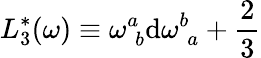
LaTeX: L_{3}^{*}(\omega)\equiv\omega_{\; b}^{a}\mathrm{d}\omega_{\; a}^{b}+\frac{{2}}{{3}}